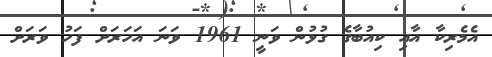
އެމެރިކާ އާއި ކިއުބާގެ ގުޅުން ވަނީ 1961 ވަނަ އަހަރަށް ފަހު ވަރަށް